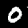
Digit: 0